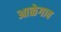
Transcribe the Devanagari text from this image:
आळेगाव